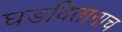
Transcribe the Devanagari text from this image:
घडवितानाच